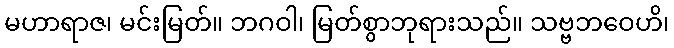
မဟာရာဇ၊ မင်းမြတ်။ ဘဂဝါ၊ မြတ်စွာဘုရားသည်။ သဗ္ဗဘဝေဟိ၊